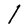
Character: l